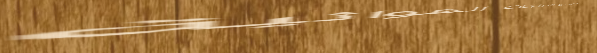
محل بيع الدراجات الهوائية